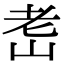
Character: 𦒴